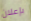
بإعلان